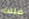
ضننت